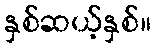
နှစ်ဆယ့်နှစ်။